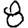
Digit: 8